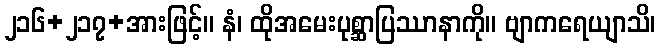
၂၁၆+၂၁၇+အားဖြင့်။ နံ၊ ထိုအမေးပုစ္ဆာပြဿာနာကို။ ဗျာကရေယျာသိ၊